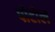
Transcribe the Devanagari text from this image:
पोटोल